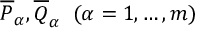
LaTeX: \overline { { { P } } } _ { \alpha } , \overline { { { Q } } } _ { \alpha } \; \; ( \alpha = 1 , \dots , m )